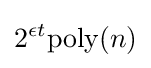
2^{\epsilon t}{\text{poly}}(n)